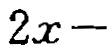
\(2x-\)